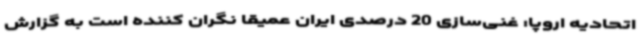
اتحادیه اروپا: غنی‌سازی 20 درصدی ایران عمیقا نگران کننده است به گزارش